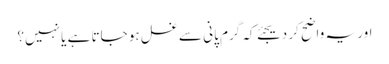
اور یہ واضح کر دیجئے کہ گرم پانی سے غسل ہو جاتا ہے یا نہیں؟